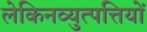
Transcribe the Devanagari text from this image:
लेकिनव्युत्पत्तियों